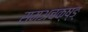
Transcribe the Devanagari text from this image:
समअचक्ष्ङ्